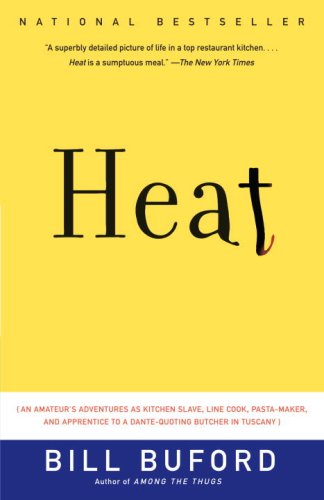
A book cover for Heat: An Amateur's Adventures as Kitchen Slave, Line Cook, Pasta-Maker, and Apprentice to a Dante-Quoting Butcher in Tuscany; Bill Buford; Humor & Entertainment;